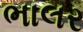
ભાલર